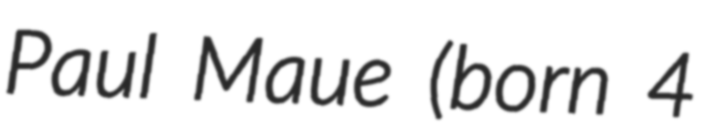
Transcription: Paul Maue (born 4